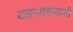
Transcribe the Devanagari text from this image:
याहत्याकांडाची